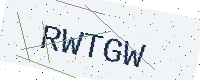
Text: RWTGW